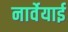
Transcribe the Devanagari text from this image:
नार्वेयाई